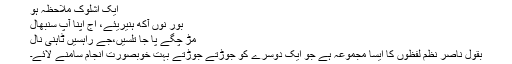
ایک اشلوک ملاحظہ ہو
بور نوں آکھ ہنیریئے، اج اپنا آپ سنبھال
مڑ چگے پا جا تلسیں،جے راہسیں ٹاہنی نال
بقول ناصر نظم لفظوں کا ایسا مجموعہ ہے جو ایک دوسرے کو جوڑتے جوڑتے بہت خوبصورت انجام سامنے لائے۔